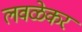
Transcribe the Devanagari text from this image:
लवळेकर